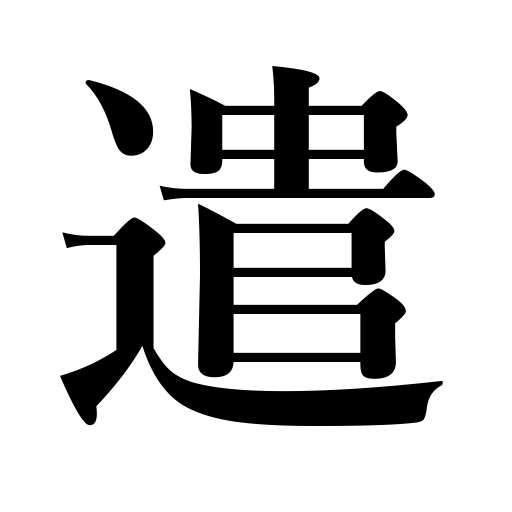
Meanings: employ,spend,dispatch,do for someone,manipulate,want,circulate bad money,bestow on,give,donate,use,practice fencing,speak English,send,handle,take one’s lunch,need,consume